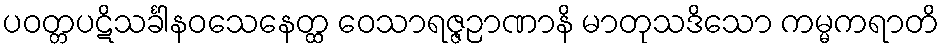
ပဝတ္တပဋိသင်္ခါနဝသေနေတ္ထ ဝေသာရဇ္ဇဉာဏာနိ မာတုသဒိသော ကမ္မကရာတိ